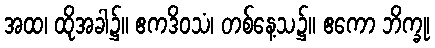
အထ၊ ထိုအခါ၌။ ဧကဒိဝသံ၊ တစ်နေ့သ၌။ ဧကော ဘိက္ခု၊